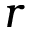
r